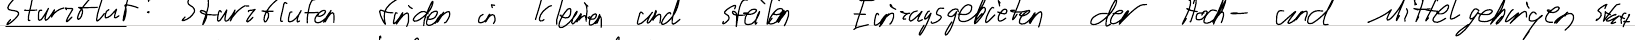
Sturzflut: Sturzfluten finden in kleinen und steilen Einzugsgebieten der Hoch- und Mittelgebirgen statt